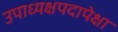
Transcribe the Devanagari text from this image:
उपाध्यक्षपदापेक्षा